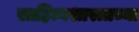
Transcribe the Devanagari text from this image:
साहित्यशास्त्राच्या